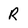
Character: R